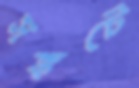
সঙ্কটে